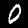
Label: 0